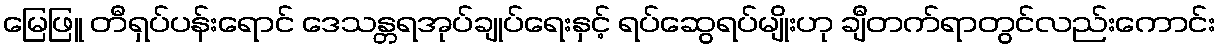
မြေဖြူ တီရှပ်ပန်းရောင် ဒေသန္တရအုပ်ချုပ်ရေးနှင့် ရပ်ဆွေရပ်မျိုးဟု ချီတက်ရာတွင်လည်းကောင်း